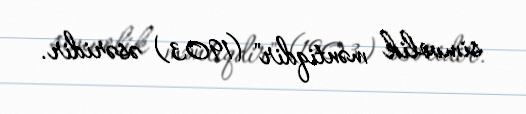
simvolik məntiqdir" (1903) əsəridir.